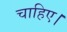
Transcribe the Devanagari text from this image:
चाहिए।